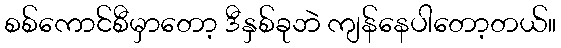
စစ်ကောင်စီမှာတော့ ဒီနှစ်ခုဘဲ ကျန်နေပါတော့တယ်။